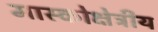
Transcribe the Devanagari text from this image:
मास्कोक्षेत्रीय